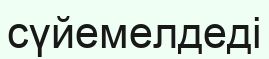
сүйемелдеді